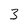
Character: 3